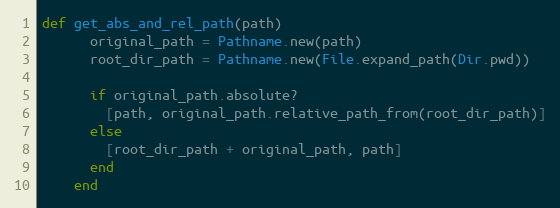
Language: Ruby
def get_abs_and_rel_path(path)
      original_path = Pathname.new(path)
      root_dir_path = Pathname.new(File.expand_path(Dir.pwd))

      if original_path.absolute?
        [path, original_path.relative_path_from(root_dir_path)]
      else
        [root_dir_path + original_path, path]
      end
    end